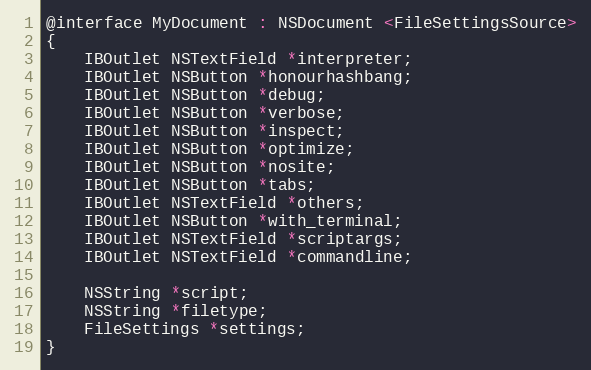
Language: C
@interface MyDocument : NSDocument <FileSettingsSource>
{
    IBOutlet NSTextField *interpreter;
    IBOutlet NSButton *honourhashbang;
    IBOutlet NSButton *debug;
    IBOutlet NSButton *verbose;
    IBOutlet NSButton *inspect;
    IBOutlet NSButton *optimize;
    IBOutlet NSButton *nosite;
    IBOutlet NSButton *tabs;
    IBOutlet NSTextField *others;
    IBOutlet NSButton *with_terminal;
    IBOutlet NSTextField *scriptargs;
    IBOutlet NSTextField *commandline;

    NSString *script;
    NSString *filetype;
    FileSettings *settings;
}